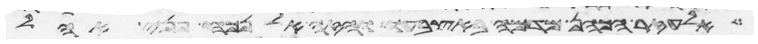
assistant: אלעזר הכהן מדמה באצבעו והזה אל נכח פני אהל